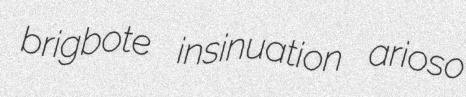
brigbote insinuation arioso